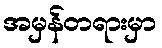
အမှန်တရားမှာ